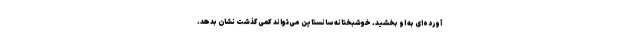
آورده‌ای به او بخشید. خوشبختانه سانستاین می‌تواند کمی گذشت نشان بدهد.